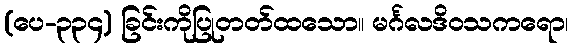
(ပေ-၃၃၄) ခြင်းကိုပြုတတ်ထသော။ မင်္ဂလဒိဝသကရော၊